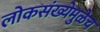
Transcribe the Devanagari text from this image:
लोकसंख्येमुळेच